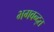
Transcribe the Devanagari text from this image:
भगवन्द्त